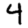
Digit: 4